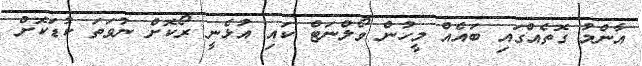
އާންމު ގޮތެއްގައި ބައެއް މީހުން ވޯލްނަޓް ކައި އުޅެނީ ރޯކޮށް ނުވަތަ ކުޑަކޮށް